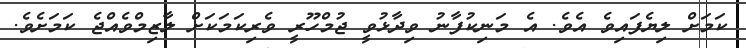
ކަމަށް ލިޔެފައިވެ އެވެ. އެ މަނިކުފާނު ވިދާޅުވީ ޖުމްހޫރީ ވެރިކަމަކަށް ލާޒިމްވެއްޖެ ކަމަށެވެ.